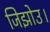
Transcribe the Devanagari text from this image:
जिझोउ।